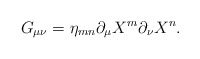
\begin{align*}G_{\mu\nu} = \eta_{mn} \partial_\mu X^m \partial_\nu X^n.\end{align*}